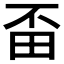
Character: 𤰺